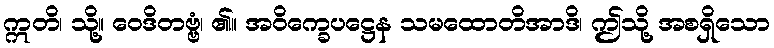
ဣတိ၊ သို့။ ဝေဒိတဗ္ဗံ၊ ၏။ အဝိက္ခေပဋ္ဌေန သမထောတိအာဒိ၊ ဤသို့ အစရှိသော